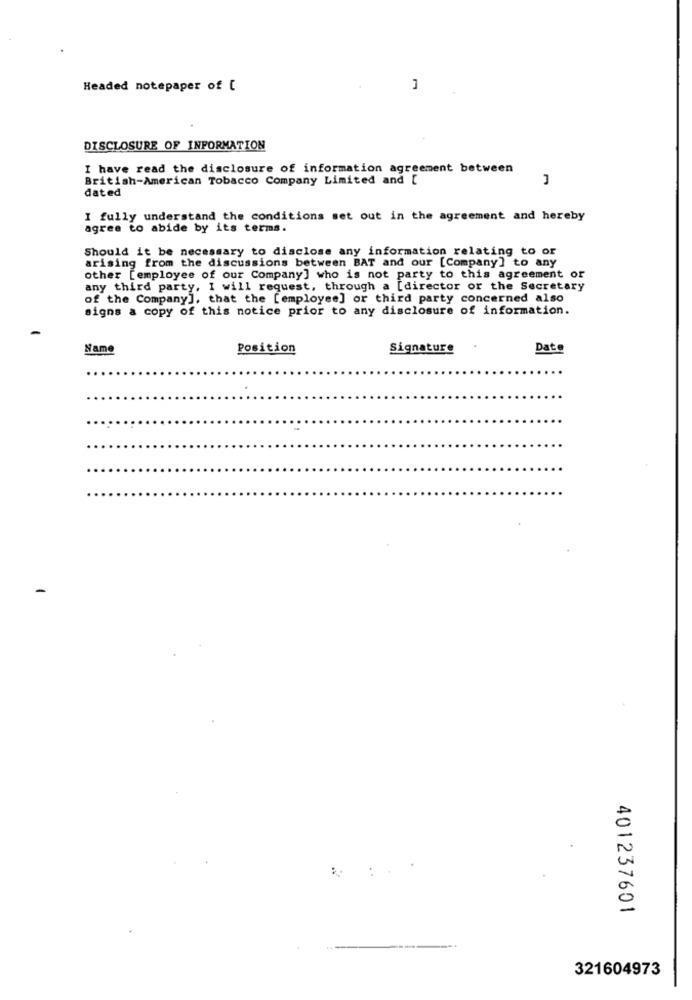
Headed notepaper of [
DISCLOSURE OF INFORMATION
I have read the disclosure of information agreement between
British-American Tobacco Company Limited and [
dated
I fully understand the conditions set out in the agreement and hereby
agree to abide by its terms.
Should it be necessary to disclose any information relating to or
arising from the discussions between BAT and our [Company] to any
other [employee of our Company] who is not party to this agreement or
any third party, I will request, through a [director or the Secretary
of the Company], that the [employee] or third party concerned also
signs a copy of this notice prior to any disclosure of information.
Name
Position
Signature
Date
401237601
321604973